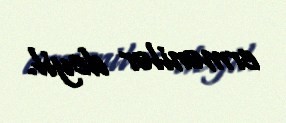
ermənilər deyil.